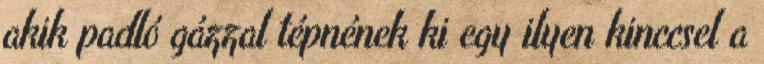
akik padló gázzal tépnének ki egy ilyen kinccsel a